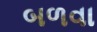
બળવા